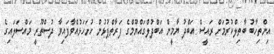
އިންތިހާބު ބާތިލްކުރުމަށް ރައީސް އަބްދު ޔާމީން އަބްދުލްގައްޔޫމްގެ ފަރާތްޕުޅުން ހުށަހަޅުއްވާފައިވާ ދުސްތޫރީ މައްސަލައިގެ